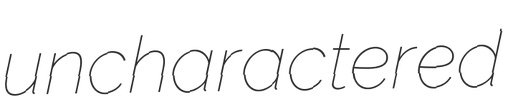
uncharactered